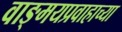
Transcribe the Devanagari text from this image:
वाङ्मयप्रवाहाच्या